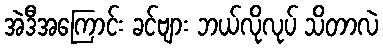
အဲဒီအကြောင်း ခင်ဗျား ဘယ်လိုလုပ် သိတာလဲ